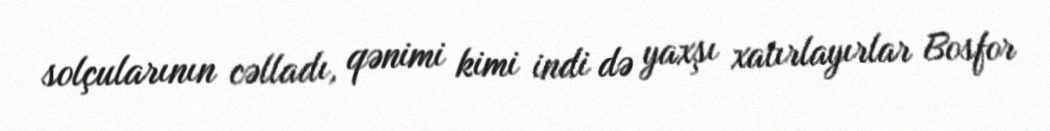
solçularının cəlladı, qənimi kimi indi də yaxşı xatırlayırlar Bosfor